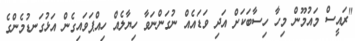
"ރައީސް މައުމޫން މިހާ ހިސާބަކަށް އަދި ވަޑައެއް ނުގަންނަވާ ހިޔާލެއް ހިއްޕަވައިގެން އަޅުގަނޑުމެންގެ